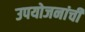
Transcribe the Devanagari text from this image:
उपयोजनांची